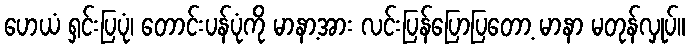
ဟေယံ ရှင်းပြပုံ၊ တောင်းပန်ပုံကို မာနာ့အား လင်းပြန်ပြောပြတော့ မာနာ မတုန်လှုပ်။